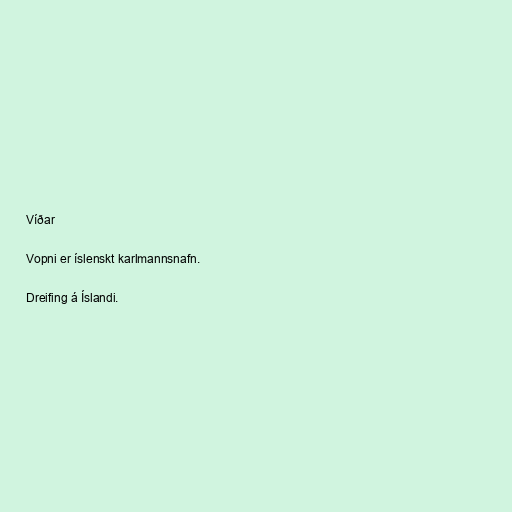
Víðar

Vopni er íslenskt karlmannsnafn.

Dreifing á Íslandi.